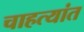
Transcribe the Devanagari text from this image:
चाहत्यांत